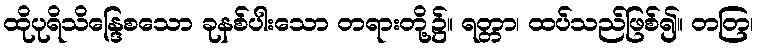
ထိုပုရိသိန္ဒြေစသော ခုနစ်ပါးသော တရားတို့၌။ ရတ္တာ၊ ထပ်သည်ဖြစ်၍။ တတြ၊